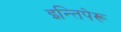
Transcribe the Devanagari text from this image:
इन्तिपेरू